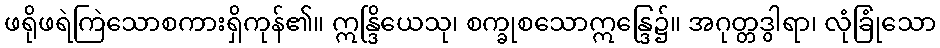
ဖရိုဖရဲကြဲသောစကားရှိကုန်၏။ ဣန္ဒြိယေသု၊ စက္ခုစသောဣန္ဒြေ၌။ အဂုတ္တဒွါရာ၊ လုံခြုံသော